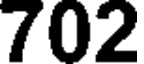
702